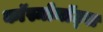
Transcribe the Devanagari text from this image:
काॅस्मोनाॅट्स